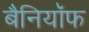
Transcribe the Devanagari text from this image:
बैनियॉफ